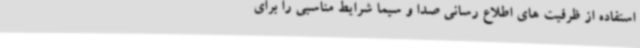
استفاده از ظرفیت های اطلاع رسانی صدا و سیما شرایط مناسبی را برای